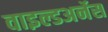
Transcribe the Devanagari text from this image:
वाइल्डअर्नेस